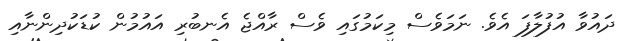
ދައުވާ އުފުލާފަ އެވެ. ނަމަވެސް މިކަމުގައި ވެސް ރާއްޖެ އެނބުރި އައުމުން ކުޑަކުދިންނާއި